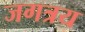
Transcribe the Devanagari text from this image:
जगत्रय